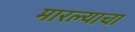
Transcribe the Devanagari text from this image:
मारल्याचा